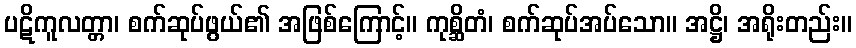
ပဋိကူလတ္တာ၊ စက်ဆုပ်ဖွယ်၏ အဖြစ်ကြောင့်။ ကုစ္ဆိတံ၊ စက်ဆုပ်အပ်သော။ အဋ္ဌိ၊ အရိုးတည်း။